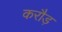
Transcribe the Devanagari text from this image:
करौड़